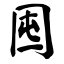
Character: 囤